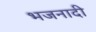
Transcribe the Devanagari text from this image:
भजनादी